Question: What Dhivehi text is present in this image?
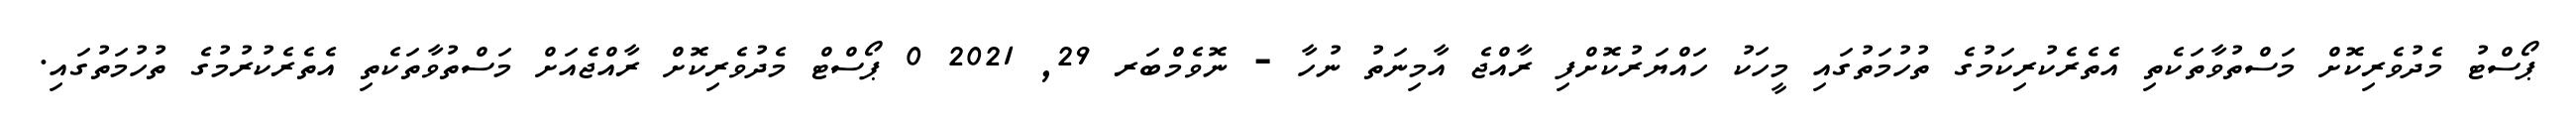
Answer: ޕޯސްޓު މެދުވެރިކޮށް މަސްތުވާތަކެތި އެތެރެކުރިކަމުގެ ތުހުމަތުގައި މީހަކު ހައްޔަރުކޮށްފި ރާއްޖެ އާމިނަތު ނުހާ - ނޮވެމްބަރ 29, 2021 0 ޕޯސްޓް މެދުވެރިކޮށް ރާއްޖެއަށް މަސްތުވާތަކެތި އެތެރެކުރުމުގެ ތުހުމަތުގައި.